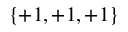
\{ + 1 , + 1 , + 1 \}